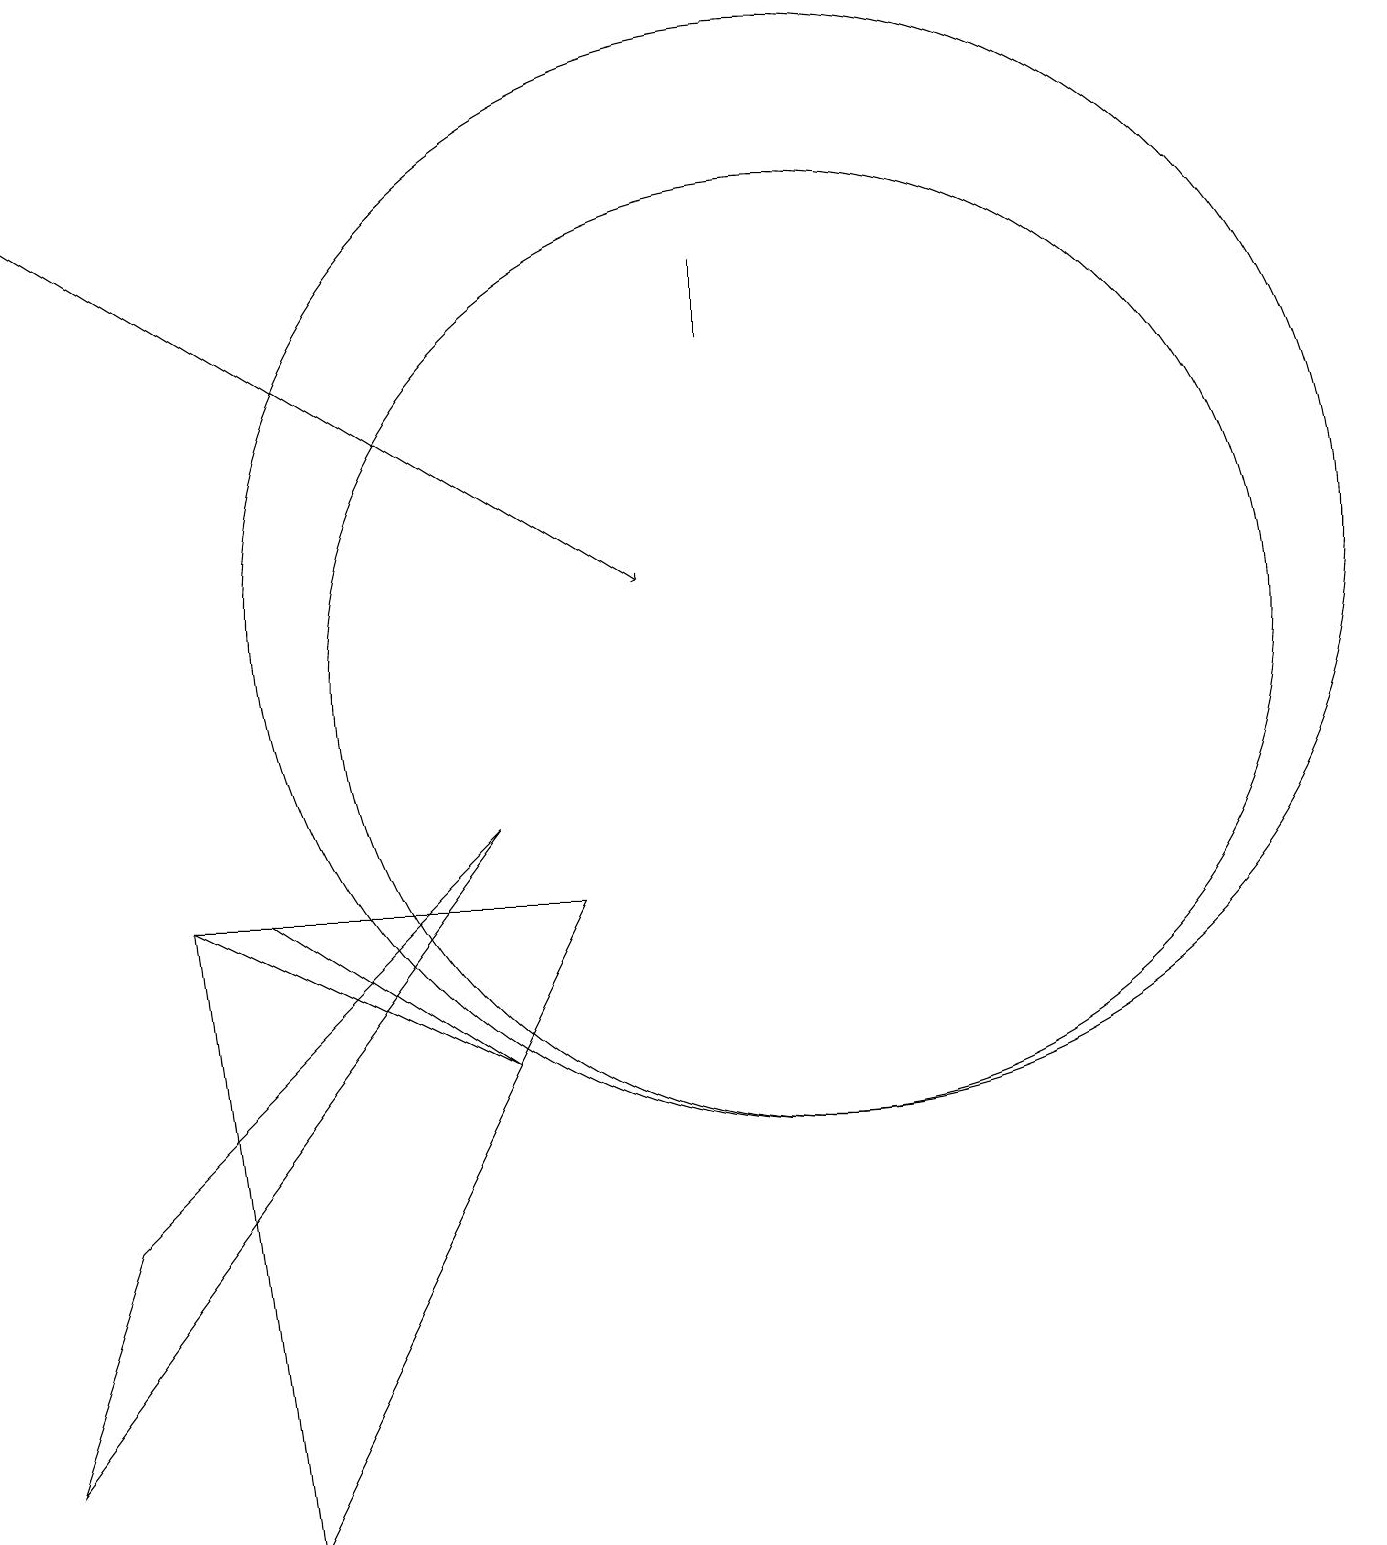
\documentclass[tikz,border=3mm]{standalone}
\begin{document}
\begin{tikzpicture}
\draw (9,15) rectangle (9,16);
\draw (10,11) circle (6);
\draw (3,0) -- (2,8) -- (7,8) -- cycle;
\draw (1,4) -- (0,1) -- (6,9) -- cycle;
\draw (6,6) -- (3,8) -- (2,8) -- cycle;
\draw[->] (0,17) -- (8,12);
\draw (10,12) circle (7);
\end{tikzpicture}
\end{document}